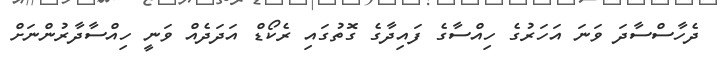
ދެހާސްސާދަ ވަނަ އަހަރުގެ ހިއްސާގެ ފައިދާގެ ގޮތުގައި ރެކޯޑް އަދަދެއް ވަނީ ހިއްސާދާރުންނަށް